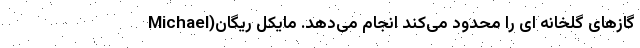
گازهای گلخانه ای را محدود می‌کند انجام می‌دهد. مایکل ریگان(Michael